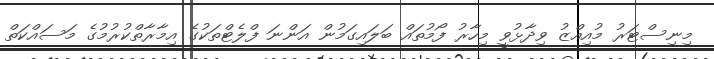
މިނިސްޓަރު މުއިއްޒު ވިދާޅުވީ މިހާރު ފޯމުތައް ބަލައިގަމުން އަންނަ ފްލެޓްތަކުގެ އިމާރާތްކުރުމުގެ މަސައްކަތް